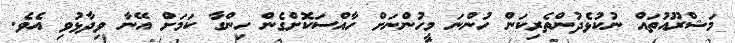
މަޝްރޫއުތައް ނުކުޅެދުންތެރިކަން ހުންނަ މީހުންނަށް ހާއްސަކޮށްގެން ހިންގާ ކަމަށް އޭނާ ވިދާޅުވި އެވެ.